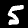
Label: 5